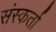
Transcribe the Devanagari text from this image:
संस्कर्ता